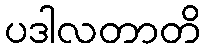
ပဒါလတာတိ